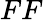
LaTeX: FF